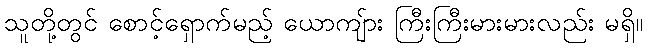
သူတို့တွင် စောင့်ရှောက်မည့် ယောကျ်ား ကြီးကြီးမားမားလည်း မရှိ။